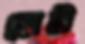
প্লাট